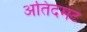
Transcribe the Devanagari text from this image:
अतिदमट